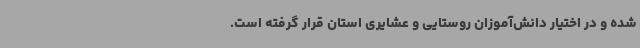
شده و در اختیار دانش‌آموزان روستایی و عشایری استان قرار گرفته است.